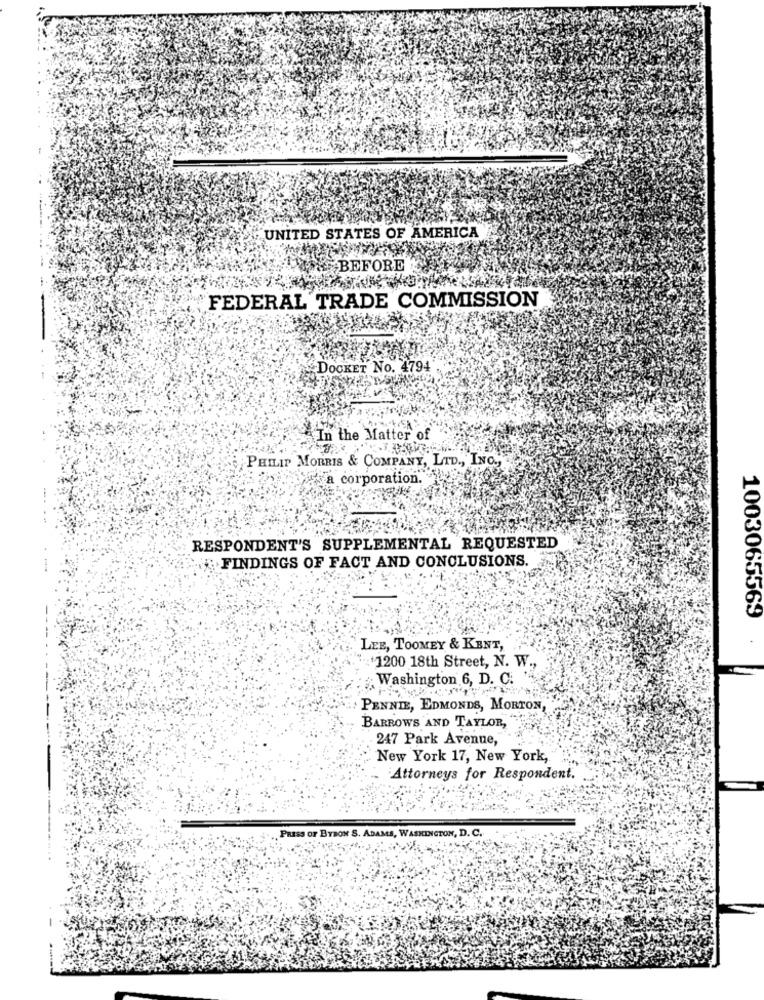
UNITED STATES OF AMERICA
BEFORE
FEDERAL TRADE COMMISSION
DOCKET NO. 4794
In the Matter of
PHILIP MORRIS & COMPANY, LTD ., INC .,
corporation."
RESPONDENT'S SUPPLEMENTAL REQUESTED
FINDINGS OF FACT AND CONCLUSIONS.
1003065569
.
LEE, TOOMEY & KENT,
+1200 18th Street, N. W .,
. Washington 6, D. C.
PENNIE, EDMONDS, MORTON
BARROWS AND TAYLOR,
247 Park Avenue,
New York 17, New York,
Attorneys for Respondent.
PRESS OF BYRON S. ADAMS, WASHINGTON, D. C.